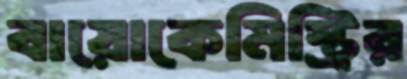
বায়োকেমিস্ট্রির